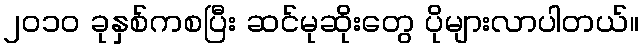
၂၀၁၀ ခုနှစ်ကစပြီး ဆင်မုဆိုးတွေ ပိုများလာပါတယ်။